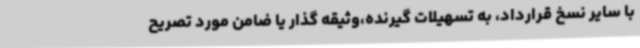
با سایر نسخ قرارداد، به تسهیلات گیرنده،وثیقه گذار یا ضامن مورد تصریح